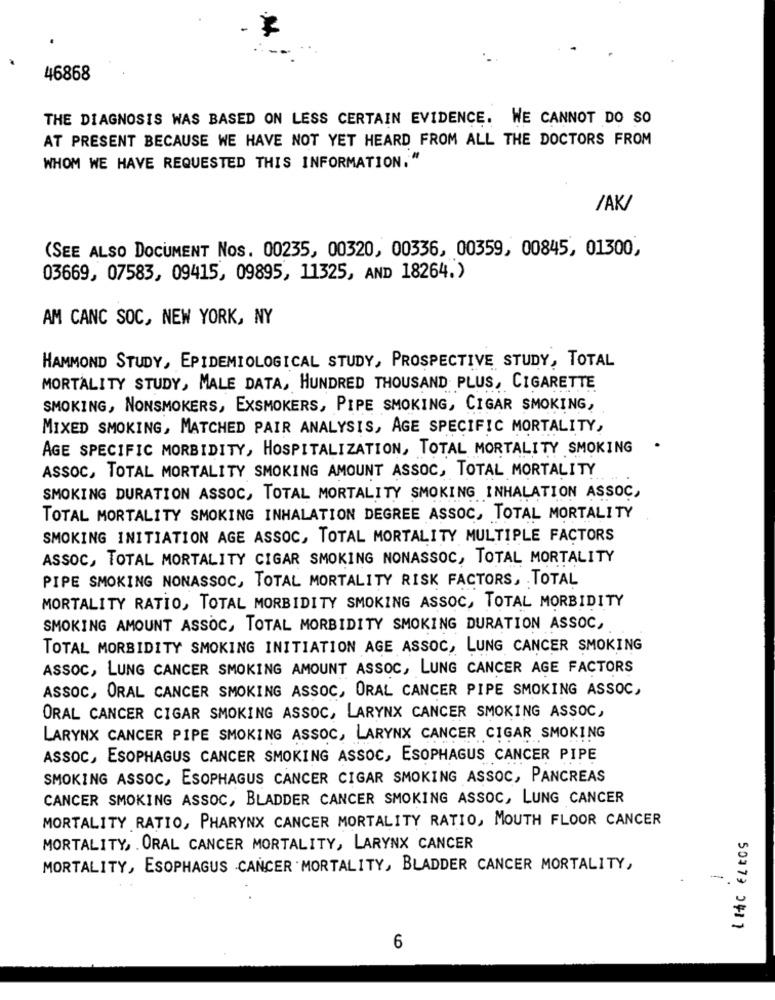
46868
THE DIAGNOSIS WAS BASED ON LESS CERTAIN EVIDENCE. WE CANNOT DO SO
AT PRESENT BECAUSE WE HAVE NOT YET HEARD FROM ALL THE DOCTORS FROM
WHOM WE HAVE REQUESTED THIS INFORMATION. "
/AK/
(SEE ALSO DOCUMENT Nos. 00235, 00320, 00336, 00359, 00845, 01300,
03669, 07583, 09415, 09895, 11325, AND 18264.)
AM CANC SOC, NEW YORK, NY
HAMMOND STUDY, EPIDEMIOLOGICAL STUDY, PROSPECTIVE STUDY, TOTAL
MORTALITY STUDY, MALE DATA, HUNDRED THOUSAND PLUS, CIGARETTE
SMOKING, NONSMOKERS, EXSMOKERS, PIPE SMOKING, CIGAR SMOKING,
MIXED SMOKING, MATCHED PAIR ANALYSIS, AGE SPECIFIC MORTALITY,
ÅGE SPECIFIC MORBIDITY, HOSPITALIZATION, TOTAL MORTALITY SMOKING
ASSOC, TOTAL MORTALITY SMOKING AMOUNT ASSOC, TOTAL MORTALITY
SMOKING DURATION ASSOC, TOTAL MORTALITY SMOKING INHALATION ASSOC,
TOTAL MORTALITY SMOKING INHALATION DEGREE ASSOC, TOTAL MORTALITY
SMOKING INITIATION AGE ASSOC, TOTAL MORTALITY MULTIPLE FACTORS
ASSOC, TOTAL MORTALITY CIGAR SMOKING NONASSOC, TOTAL MORTALITY
PIPE SMOKING NONASSOC, TOTAL MORTALITY RISK FACTORS, TOTAL
MORTALITY RATIO, TOTAL MORBIDITY SMOKING ASSOC, TOTAL MORBIDITY
SMOKING AMOUNT ASSOC, TOTAL MORBIDITY SMOKING DURATION ASSOC,
TOTAL MORBIDITY SMOKING INITIATION AGE ASSOC, LUNG CANCER SMOKING
ASSOC, LUNG CANCER SMOKING AMOUNT ASSOC, LUNG CANCER AGE FACTORS
ASSOC, ORAL CANCER SMOKING ASSOC, ORAL CANCER PIPE SMOKING ASSOC,
ORAL CANCER CIGAR SMOKING ASSOC, LARYNX CANCER SMOKING ASSOC,
LARYNX CANCER PIPE SMOKING ASSOC, LARYNX CANCER CIGAR SMOKING
ASSOC, ESOPHAGUS CANCER SMOKING ASSOC, ESOPHAGUS CANCER PIPE
SMOKING ASSOC, ESOPHAGUS CANCER CIGAR SMOKING ASSOC, PANCREAS
CANCER SMOKING ASSOC, BLADDER CANCER SMOKING ASSOC, LUNG CANCER
MORTALITY RATIO, PHARYNX CANCER MORTALITY RATIO, MOUTH FLOOR CANCER
MORTALITY, . ORAL CANCER MORTALITY, LARYNX CANCER
MORTALITY, ESOPHAGUS CANCER MORTALITY, BLADDER CANCER MORTALITY,
-
50479 0411
6